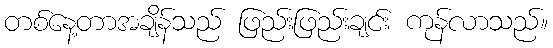
တစ်နေ့တာအချိန်သည် ဖြည်းဖြည်းချင်း ကုန်လာသည်။